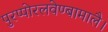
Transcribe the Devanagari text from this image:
पुरप्पोरलवेण्बामालै।